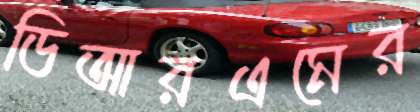
ডিআরএমের